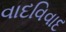
વાદવિવાદ